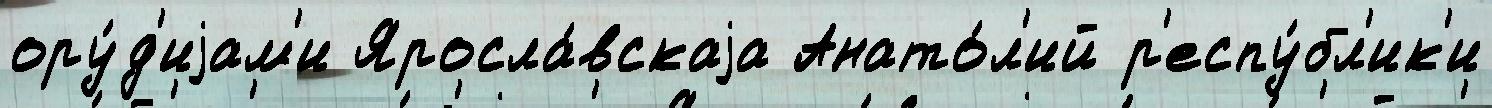
ору́д'иjам'и Яросла́вскаjа Анато́л'ий р'еспу́бл'ик'и